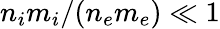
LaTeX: n_{i}m_{i}/(n_{e}m_{e})\ll 1